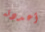
أعددته